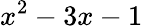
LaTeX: x^{2}-3x-1